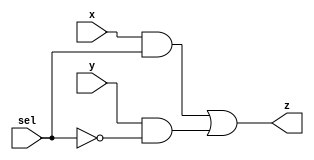
module maxmux(x,y,sel,z);
	input x;
	input y;
	input sel;
	output z;
	
	//Multiplexer used to find max number
	assign z = (x & sel) | (y & ~sel);
endmodule